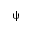
\uppsi